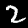
Label: 2